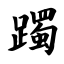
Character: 躅